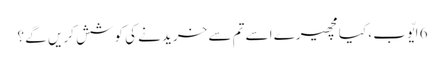
6 ایّوب ، کیا مچھیرے اسے تم سے خریدنے کی کوشش کریں گے ؟